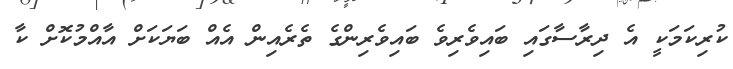
ކުރިކަމަކީ އެ ދިރާސާގައި ބައިވެރިވެ ބައިވެރިންގެ ތެރެއިން އެއް ބަޔަކަށް އާއްމުކޮށް ކާ